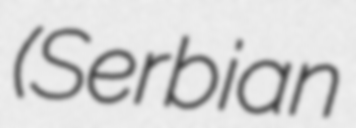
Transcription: (Serbian